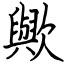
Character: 歟